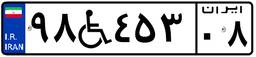
۷۸W۳۵۳۱۵